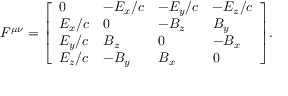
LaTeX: F ^ { \mu \nu } = { \left[ \begin{array} { l l l l } { 0 } & { - E _ { x } / c } & { - E _ { y } / c } & { - E _ { z } / c } \\ { E _ { x } / c } & { 0 } & { - B _ { z } } & { B _ { y } } \\ { E _ { y } / c } & { B _ { z } } & { 0 } & { - B _ { x } } \\ { E _ { z } / c } & { - B _ { y } } & { B _ { x } } & { 0 } \end{array} \right] } .